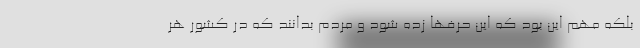
بلکه مهم این بود که این حرفها زده شود و مردم بدانند که در کشور هر